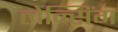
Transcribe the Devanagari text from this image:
लेन्सिंग